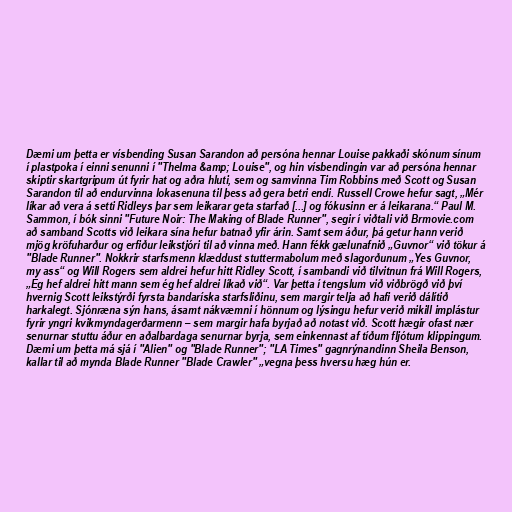
Dæmi um þetta er vísbending Susan Sarandon að persóna hennar Louise pakkaði skónum sínum
í plastpoka í einni senunni í "Thelma &amp; Louise", og hin vísbendingin var að persóna hennar
skiptir skartgripum út fyrir hat og aðra hluti, sem og samvinna Tim Robbins með Scott og Susan
Sarandon til að endurvinna lokasenuna til þess að gera betri endi. Russell Crowe hefur sagt, „Mér
líkar að vera á setti Ridleys þar sem leikarar geta starfað [...] og fókusinn er á leikarana.“ Paul M.
Sammon, í bók sinni "Future Noir: The Making of Blade Runner", segir í viðtali við Brmovie.com
að samband Scotts við leikara sína hefur batnað yfir árin. Samt sem áður, þá getur hann verið
mjög kröfuharður og erfiður leikstjóri til að vinna með. Hann fékk gælunafnið „Guvnor“ við tökur á
"Blade Runner". Nokkrir starfsmenn klæddust stuttermabolum með slagorðunum „Yes Guvnor,
my ass“ og Will Rogers sem aldrei hefur hitt Ridley Scott, í sambandi við tilvitnun frá Will Rogers,
„Ég hef aldrei hitt mann sem ég hef aldrei líkað við“. Var þetta í tengslum við viðbrögð við því
hvernig Scott leikstýrði fyrsta bandaríska starfsliðinu, sem margir telja að hafi verið dálítið
harkalegt. Sjónræna sýn hans, ásamt nákvæmni í hönnum og lýsingu hefur verið mikill implástur
fyrir yngri kvikmyndagerðarmenn – sem margir hafa byrjað að notast við. Scott hægir ofast nær
senurnar stuttu áður en aðalbardaga senurnar byrja, sem einkennast af tíðum fljótum klippingum.
Dæmi um þetta má sjá í "Alien" og "Blade Runner"; "LA Times" gagnrýnandinn Sheila Benson,
kallar til að mynda Blade Runner "Blade Crawler" „vegna þess hversu hæg hún er.